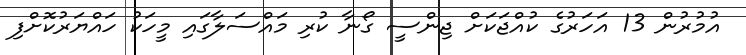
އުމުރުން 13 އަހަރުގެ ކުއްޖަކަށް ޖިންސީ ގޯނާ ކުރި މައްސަލާގައި މީހަކު ހައްޔަރުކޮށްފި